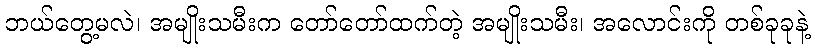
ဘယ်တွေ့မလဲ၊ အမျိုးသမီးက တော်တော်ထက်တဲ့ အမျိုးသမီး၊ အလောင်းကို တစ်ခုခုနဲ့